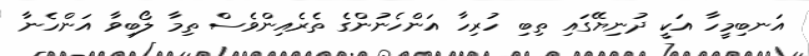
އަނބިމީހާ އަކީ ދުނިޔޭގައި ތިބި ހުރިހާ އަންހެނުންގެ ތެރެއިންވެސް ތިމާ ލޯބިވާ އަންހެނާ